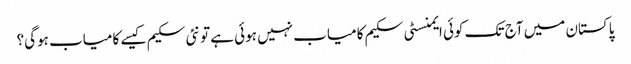
پاکستان میں آج تک کوئی ایمنسٹی سکیم کامیاب نہیں ہوئی ہے تو نئی سکیم کیسے کامیاب ہوگی؟